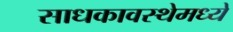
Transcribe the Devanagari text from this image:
साधकावस्थेमध्ये